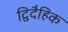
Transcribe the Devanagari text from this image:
द्विदैहिक